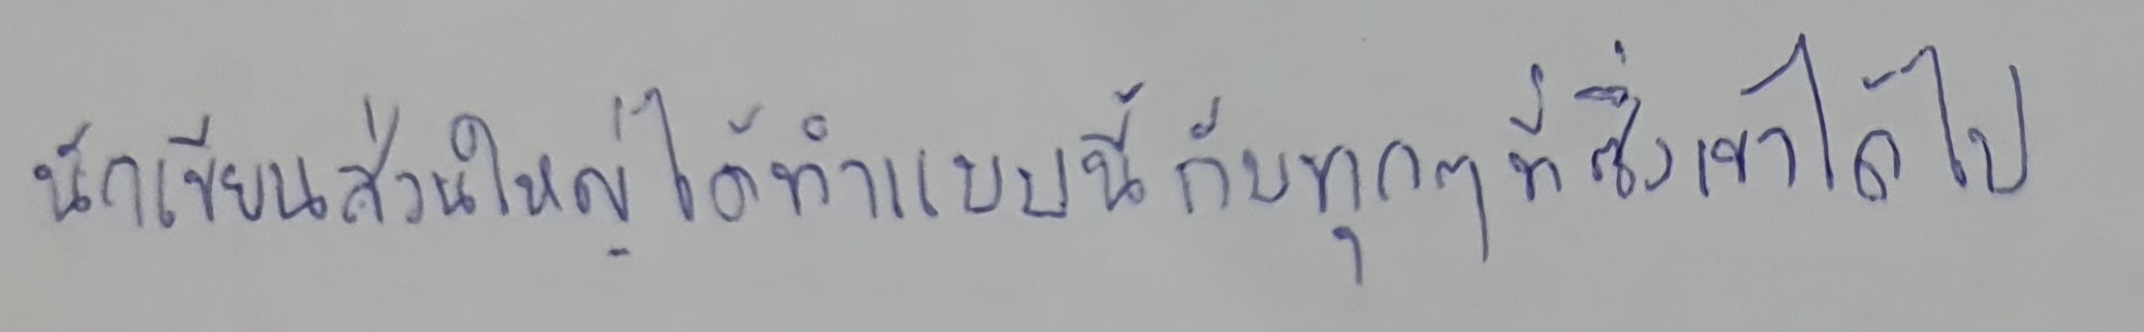
นักเขียนส่วนใหญ่ได้ทำแบบนี้กับทุกๆที่ซึ่งเขาได้ไป